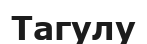
Тагулу